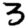
Digit: 3